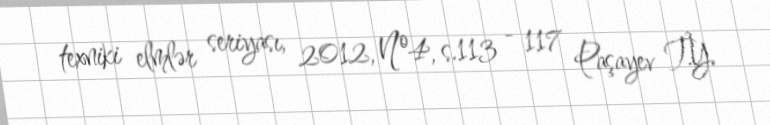
texniki elmlər seriyası, 2012, №4, s.113 - 117 Paşayev T.Y.